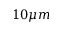
1 0 \mu m